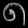
Digit: ၈